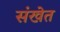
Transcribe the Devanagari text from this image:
संखेत